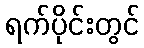
ရက်ပိုင်းတွင်